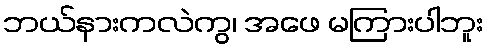
ဘယ်နားကလဲကွ၊ အဖေ မကြားပါဘူး